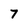
Character: 7